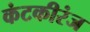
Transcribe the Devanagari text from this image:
कंटकीरंज